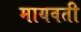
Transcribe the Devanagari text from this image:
मायवती